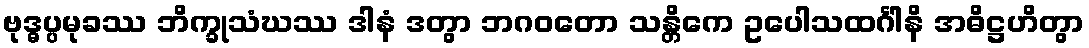
ဗုဒ္ဓပ္ပမုခဿ ဘိက္ခုသံဃဿ ဒါနံ ဒတွာ ဘဂဝတော သန္တိကေ ဥပေါသထင်္ဂါနိ အဓိဋ္ဌဟိတွာ